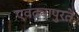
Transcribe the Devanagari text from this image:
एवढ्यापुरते